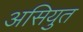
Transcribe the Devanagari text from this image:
असियुत